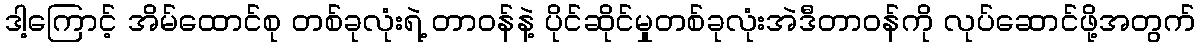
ဒါ့ကြောင့် အိမ်ထောင်စု တစ်ခုလုံးရဲ့ တာဝန်နဲ့ ပိုင်ဆိုင်မှုတစ်ခုလုံးအဲဒီတာဝန်ကို လုပ်ဆောင်ဖို့အတွက်